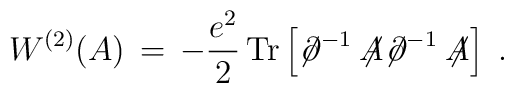
W^{(2)}(A) \,=\, - \frac{e^2}{2} \, {\rm Tr} \left[ {\not \! \partial}^{-1} \not\!\!A {\not \! \partial}^{-1} \not \!\!A \right] \;.